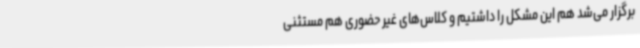
برگزار می‌شد هم این مشکل را داشتیم و کلاس‌های غیر حضوری هم مستثنی